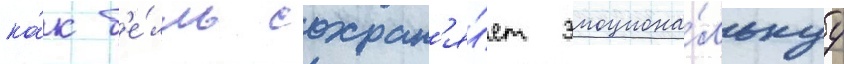
ка́к б'е́лль сохран'я́ет эмоциона́льнуу